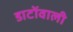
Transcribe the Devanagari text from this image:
डाटोंवाली